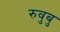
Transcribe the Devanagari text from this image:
रुवुबु